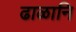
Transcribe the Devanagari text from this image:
ढाळानि